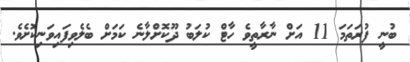
ބުނީ ފުރަތަމަ 11 އަށް ނާރާތީވެ ހާޓް ކުލަބު ދޫކޮށްލާނެ ކަމަށް ބެލެވިފައިވަނިކޮށެވެ.